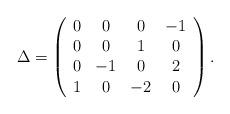
LaTeX: \begin{align*}\Delta= \left( \begin{array}{cccc} 0&0&0&-1 \\0&0&1&0 \\0&-1&0&2 \\ 1&0&-2&0 \end{array}\right). \end{align*}